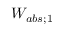
W _ { a b s ; 1 }